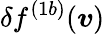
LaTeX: \delta f^{(1b)}(\boldsymbol{v})